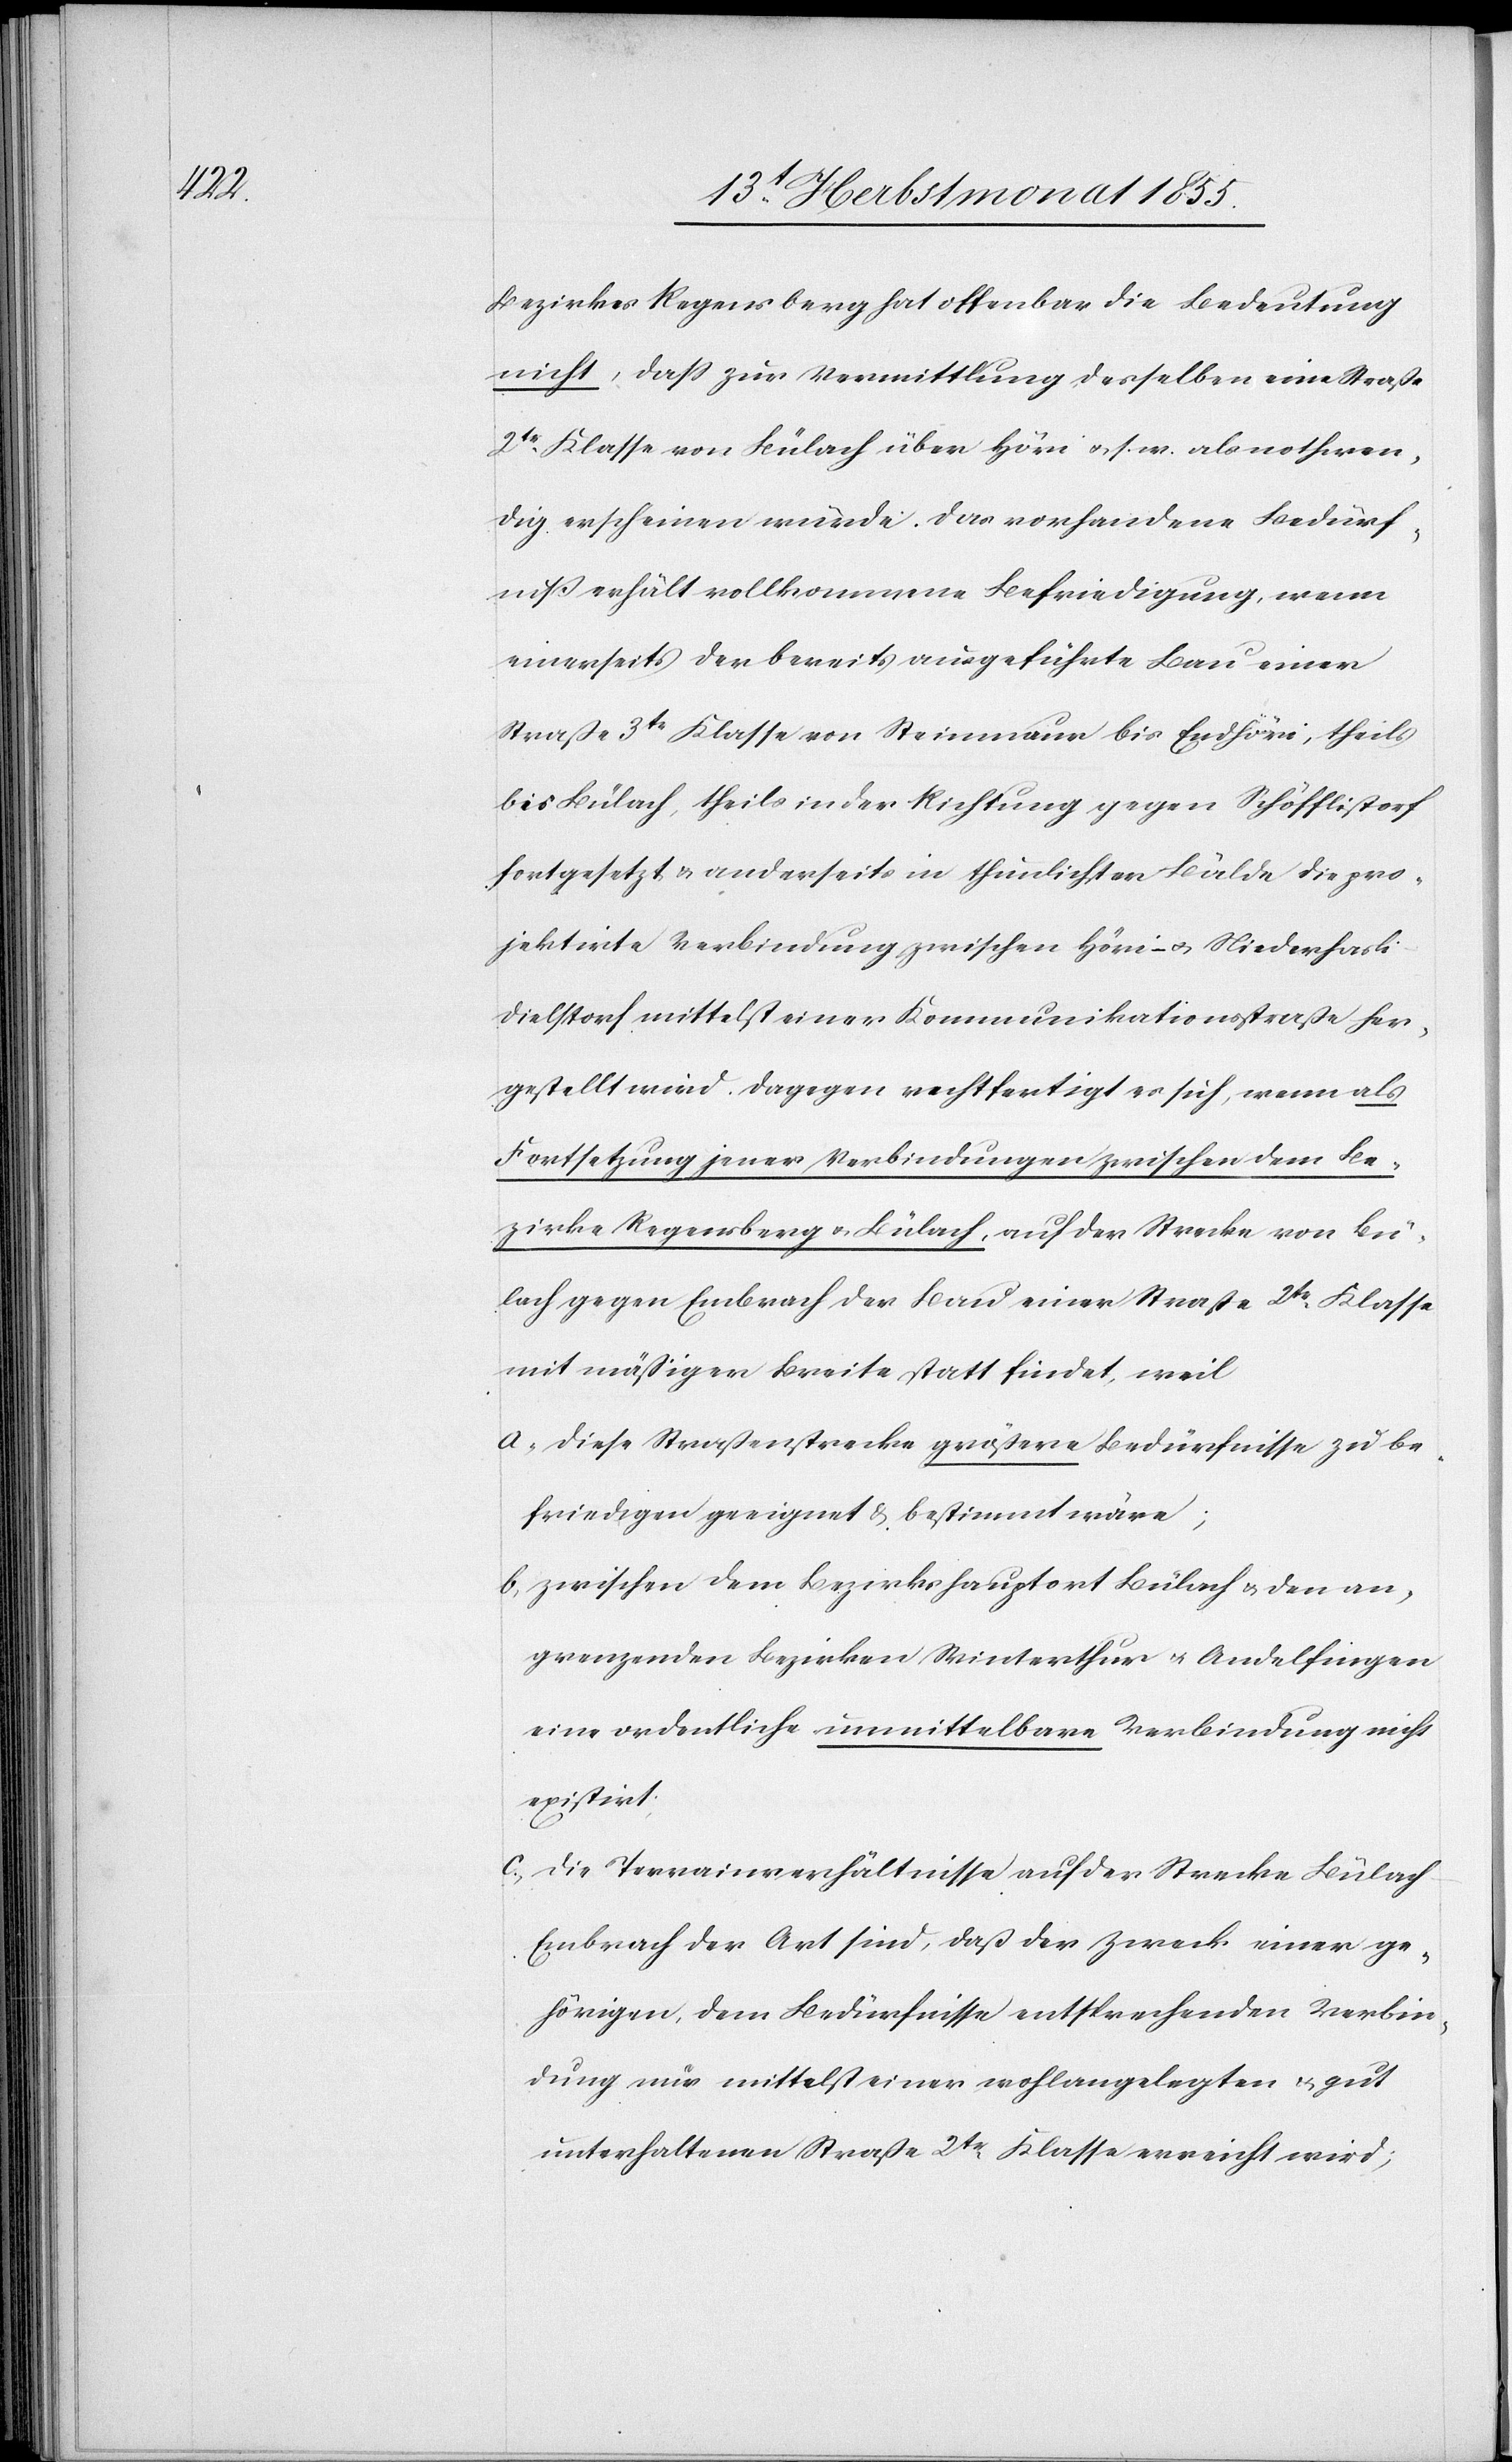
Bezirkes Regensberg hat offenbar die Bedeutung
nicht, dass zur Vermittlung desselben eine Straße
2tr. Klasse von Bülach über Höri & s. w. als nothwen¬
dig erscheinen würde. Das vorhandene Bedürf¬
niß erhält vollkommene Befriedigung, wenn
einerseits der bereits ausgeführte Bau einer
Straße 3tr Klasse von Steinmaur bis Endhöri, theils
bis Bülach, theils in der Richtung gegen Schöfflistorf
fortgesetzt & anderseits in thunlich[s]ter Bälde die pro¬
jektirte Verbindung zwischen Höri – & Niederhasli-D¬
ielstorf mittelst einer Kommunikationsstraße her¬
gestellt wird. Dagegen rechtfertigt es sich, wenn als
Fortsetzung jener Verbindungen zwischen dem Be¬
zirke Regensberg & Bülach, auf der Strecke von Bü¬
lach gegen Embrach der Bau einer Straße 2tr. Klasse
mit mäßiger Breite statt findet, weil
diese Straßenstrecke größere Bedürfnisse zu be¬
friedigen geeignet & bestimmt wäre;
zwischen dem Bezirkshauptort Bülach & den an¬
grenzenden Bezirken Winterthur & Andelfingen
eine ordentliche unmittelbare Verbindung nicht
existirt;
die Terrainverhältnisse auf der Strecke Bülac¬
h-Embrach der Art sind, daß der Zweck einer ge¬
hörigen, dem Bedürfnisse entsprechenden Verbin¬
dung nur mittelst einer wohlangelegten & gut
unterhaltenen Straße 2tr. Klasse erreicht wird;